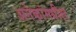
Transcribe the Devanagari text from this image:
अनेकांमधील